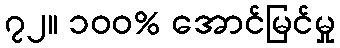
၇၂။ ၁၀၀% အောင်မြင်မှု